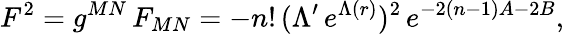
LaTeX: F^{2}=g^{MN}\, F_{MN}=-n!\, (\Lambda^{\prime}\, e^{\Lambda(r)})^{2}\, e^{-2(n-1)A-2B},